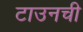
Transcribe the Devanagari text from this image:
टाउनची